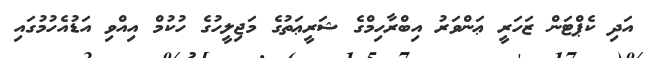
އަދި ކެޕްޓަން ޒަހަރީ ޢަންވަރު އިބްރާހިމްގެ ޝަރީޢަތުގެ މަޖިލީހުގެ ހުކުމް އިއްވި އަޑުއެހުމުގައި